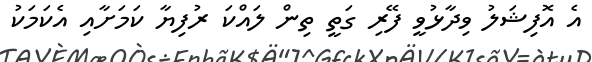
އެ އޮފިޝަލު ވިދާޅުވީ ފޭރި ގަތީ ތިން ލައްކަ ރުފިޔާ ކަމަށާއި އެކަަމަކު